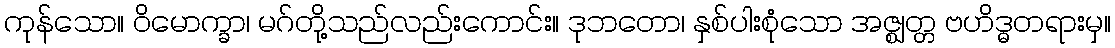
ကုန်သော။ ဝိမောက္ခာ၊ မဂ်တို့သည်လည်းကောင်း။ ဒုဘတော၊ နှစ်ပါးစုံသော အဇ္ဈတ္တ ဗဟိဒ္ဓတရားမှ။